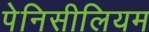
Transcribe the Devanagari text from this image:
पेनिसीलियम